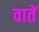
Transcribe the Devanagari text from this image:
वातें